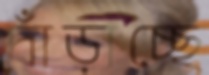
দাঁড়াচ্ছে